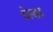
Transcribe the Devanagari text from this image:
ग्रेडा